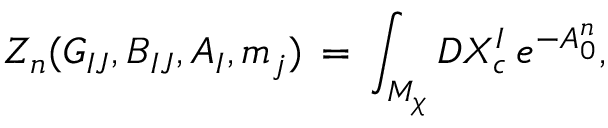
Z _ { n } ( G _ { I J } , B _ { I J } , A _ { I } , m _ { j } ) \, = \, \int _ { M _ { \chi } } { \cal D } X _ { c } ^ { I } \, e ^ { - A _ { 0 } ^ { n } } ,